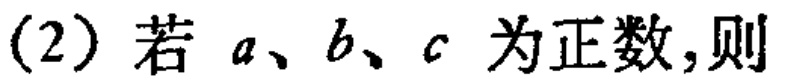
(2) 若 \(a、b、c\) 为正数,则